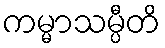
ကမ္မာသမ္ပီတိ